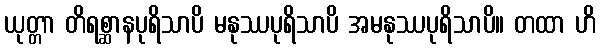
ယုတ္တာ တိရစ္ဆာနပုရိသာပိ မနုဿပုရိသာပိ အမနုဿပုရိသာပိ။ တထာ ဟိ